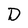
Character: D